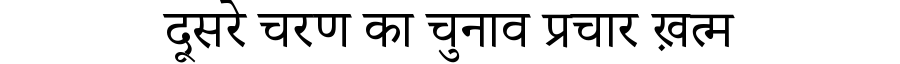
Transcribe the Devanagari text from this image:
दूसरे चरण का चुनाव प्रचार ख़त्म